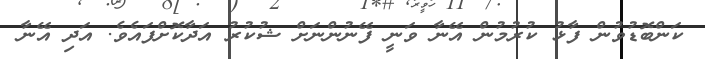
ކަންބޮޑުވުން ފާޅު ކުރުމުން އޭނާ ވަނީ ފޭނުންނަށް ޝުކުރު އަދާކޮށްފައެވެ. އަދި އޭނާ